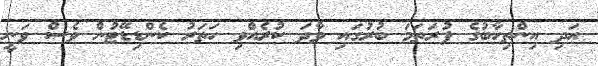
އަދި އިންތިހާބުގެ ފުރަތަމަ ބުރުގައި ވާދަ ކުރެއްވި ހަތަރު ކެންޑިޑޭޓުން ވެސް ވަނީ